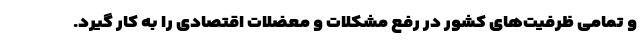
و تمامی ظرفیت‌های کشور در رفع مشکلات و معضلات اقتصادی را به کار گیرد.